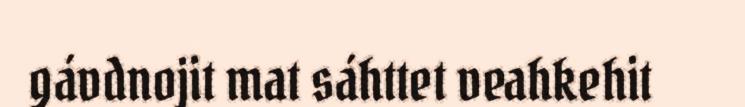
gávdnojit mat sáhttet veahkehit